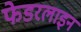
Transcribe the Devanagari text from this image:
फेडरलाइन